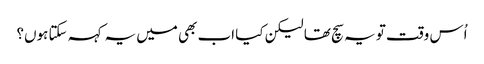
اُس وقت تو یہ سچ تھا لیکن کیا اب بھی میں یہ کہہ سکتا ہوں؟